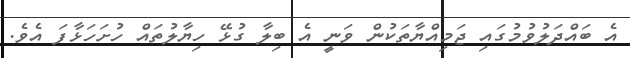
އެ ބައްދަލުވުމުގައި ޖަމިއްޔާތަކުން ވަނީ އެ ބިލާ ގުޅޭ ހިޔާލުތައް ހުށަހަޅާފަ އެވެ.